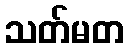
သတ်မတ